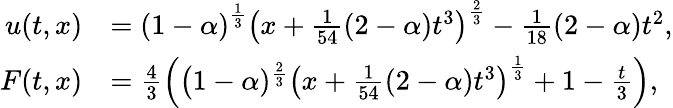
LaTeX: \begin{array}{rl}{u(t,x)}&{=\left(1-\alpha\right)^{\frac{1}{3}}\left(x+\frac{1}{54}(2-\alpha)t^{3}\right)^{\frac{2}{3}}-\frac{1}{18}(2-\alpha)t^{2},}\\ {F(t,x)}&{=\frac{4}{3}\left(\big(1-\alpha)^{\frac{2}{3}}\left(x+\frac{1}{54}(2-\alpha)t^{3}\right)^{\frac{1}{3}}+1-\frac{t}{3}\right),}\end{array}